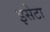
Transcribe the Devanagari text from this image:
इसेटा